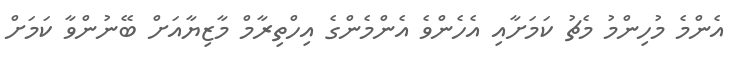
އެންމެ މުހިންމު މެޗު ކަމަށާއި އެހެންވެ އެންމެންގެ އިހްތިރާމް މާޒިޔާއަށް ބޭނުންވާ ކަމަށް